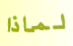
لماذا